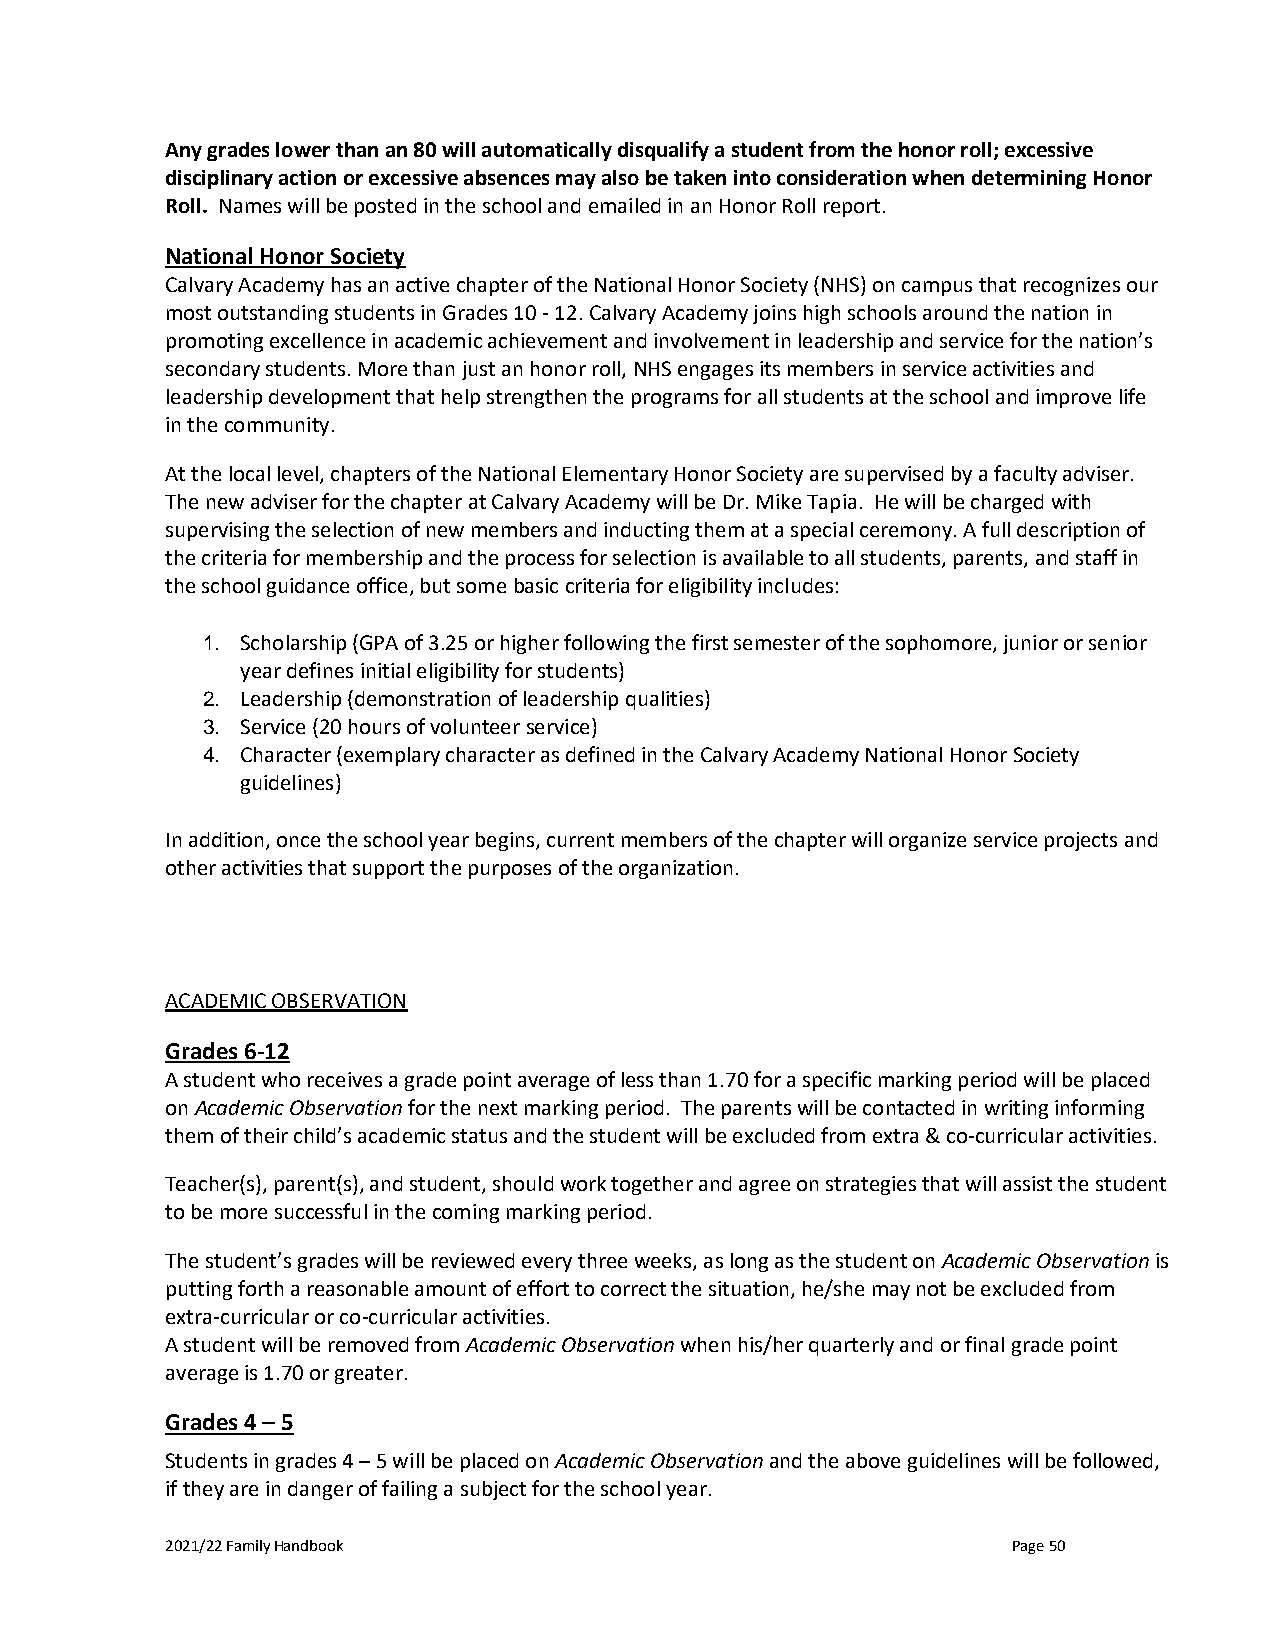
Any grades lower than an 80 will automatically disqualify a student from the honor roll; excessive
 disciplinary action or excessive absences may also be taken into consideration when determining Honor
 Roll. Names will be posted in the school and emailed in an Honor Roll report.
 National Honor Society
 Calvary Academy has an active chapter of the National Honor Society (NHS) on campus that recognizes our
 most outstanding students in Grades 10 - 12. Calvary Academy joins high schools around the nation in
 promoting excellence in academic achievement and involvement in leadership and service for the nation’s
 secondary students. More than just an honor roll, NHS engages its members in service activities and
 leadership development that help strengthen the programs for all students at the school and improve life
 in the community.
 At the local level, chapters of the National Elementary Honor Society are supervised by a faculty adviser.
 The new adviser for the chapter at Calvary Academy will be Dr. Mike Tapia. He will be charged with
 supervising the selection of new members and inducting them at a special ceremony. A full description of
 the criteria for membership and the process for selection is available to all students, parents, and staff in
 the school guidance office, but some basic criteria for eligibility includes:
 1. Scholarship (GPA of 3.25 or higher following the first semester of the sophomore, junior or senior
 year defines initial eligibility for students)
 2. Leadership (demonstration of leadership qualities)
 3. Service (20 hours of volunteer service)
 4. Character (exemplary character as defined in the Calvary Academy National Honor Society
 guidelines)
 In addition, once the school year begins, current members of the chapter will organize service projects and
 other activities that support the purposes of the organization.
 ACADEMIC OBSERVATION
 Grades 6-12
 A student who receives a grade point average of less than 1.70 for a specific marking period will be placed
 on Academic Observation for the next marking period. The parents will be contacted in writing informing
 them of their child’s academic status and the student will be excluded from extra & co-curricular activities.
 Teacher(s), parent(s), and student, should work together and agree on strategies that will assist the student
 to be more successful in the coming marking period.
 The student’s grades will be reviewed every three weeks, as long as the student on Academic Observation is
 putting forth a reasonable amount of effort to correct the situation, he/she may not be excluded from
 extra-curricular or co-curricular activities.
 A student will be removed from Academic Observation when his/her quarterly and or final grade point
 average is 1.70 or greater.
 Grades 4 – 5
 Students in grades 4 – 5 will be placed on Academic Observation and the above guidelines will be followed,
 if they are in danger of failing a subject for the school year.
 2021/22 Family Handbook                                 Page 50